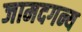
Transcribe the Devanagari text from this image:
जामदगन्य